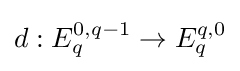
d:E_{q}^{0,q-1}\to E_{q}^{q,0}